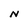
Character: N